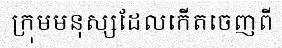
ក្រុមមនុស្សដែលកើតចេញពី